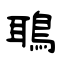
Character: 鵈